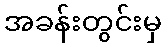
အခန်းတွင်းမှ